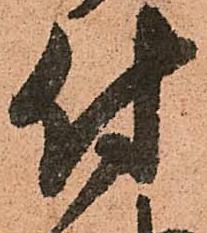
付